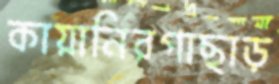
কায়ানিরগাছাড়